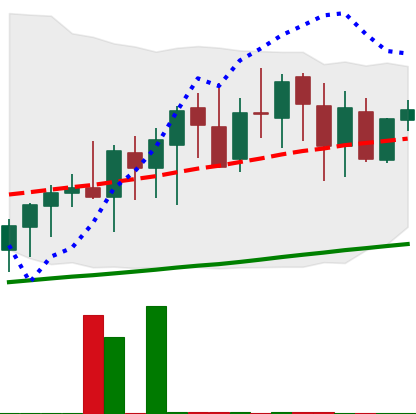
Ticker: XMR-USD
Chart end date: 2020-09-25
Forward return: 16.602%
Label: up_7plus